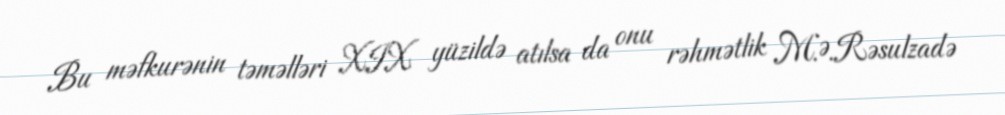
Bu məfkurənin təməlləri XIX yüzildə atılsa da onu rəhmətlik M.Ə.Rəsulzadə